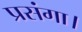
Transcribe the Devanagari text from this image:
प्रसंगा।